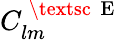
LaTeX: C_{lm}^{\mathrm{~\textsc~{~E~}~}}